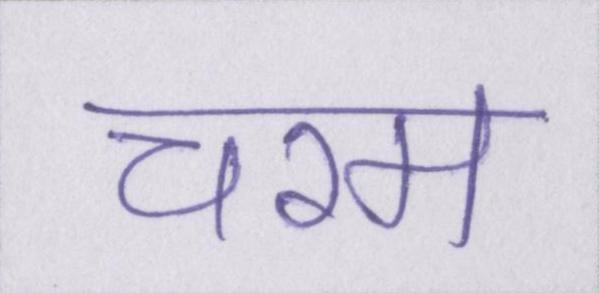
चरम